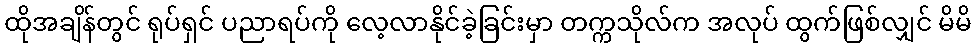
ထိုအချိန်တွင် ရုပ်ရှင် ပညာရပ်ကို လေ့လာနိုင်ခဲ့ခြင်းမှာ တက္ကသိုလ်က အလုပ် ထွက်ဖြစ်လျှင် မိမိ